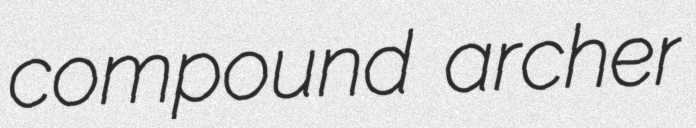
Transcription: compound archer